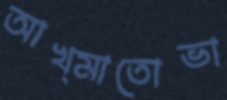
আখ্মাতোভা